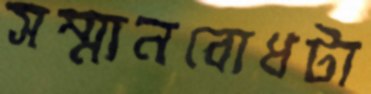
সম্মানবোধটা